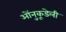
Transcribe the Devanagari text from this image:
ओंनुकूडेली